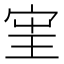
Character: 𱚈